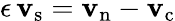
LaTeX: \epsilon\, {\mathbf{v}_{\mathrm{s}}}={\mathbf{v}_{\mathrm{n}}}-{\mathbf{v}_{\mathrm{c}}}